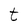
Character: t